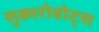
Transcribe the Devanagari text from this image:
सुक्ष्मरोबोट्स